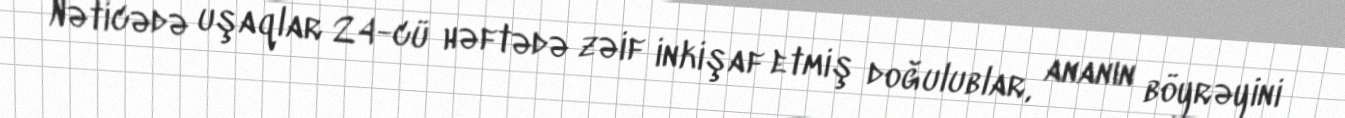
Nəticədə uşaqlar 24-cü həftədə zəif inkişaf etmiş doğulublar, ananın böyrəyini